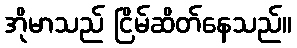
အိုမာသည် ငြိမ်ဆိတ်နေသည်။